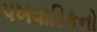
પખવાડિકનો